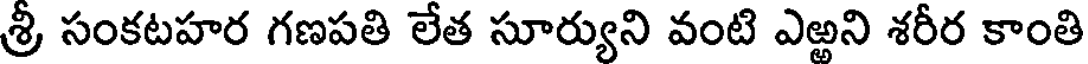
శ్రీ సంకటహర గణపతి లేత సూర్యుని వంటి ఎఱ్ఱని శరీర కాంతి